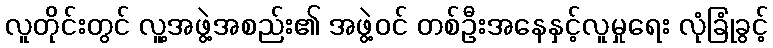
လူတိုင်းတွင် လူ့အဖွဲ့အစည်း၏ အဖွဲ့ဝင် တစ်ဦးအနေနှင့်လူမှုရေး လုံခြုံခွင့်